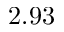
2 . 9 3